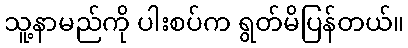
သူ့နာမည်ကို ပါးစပ်က ရွတ်မိပြန်တယ်။